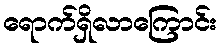
ရောက်ရှိလာကြောင်း